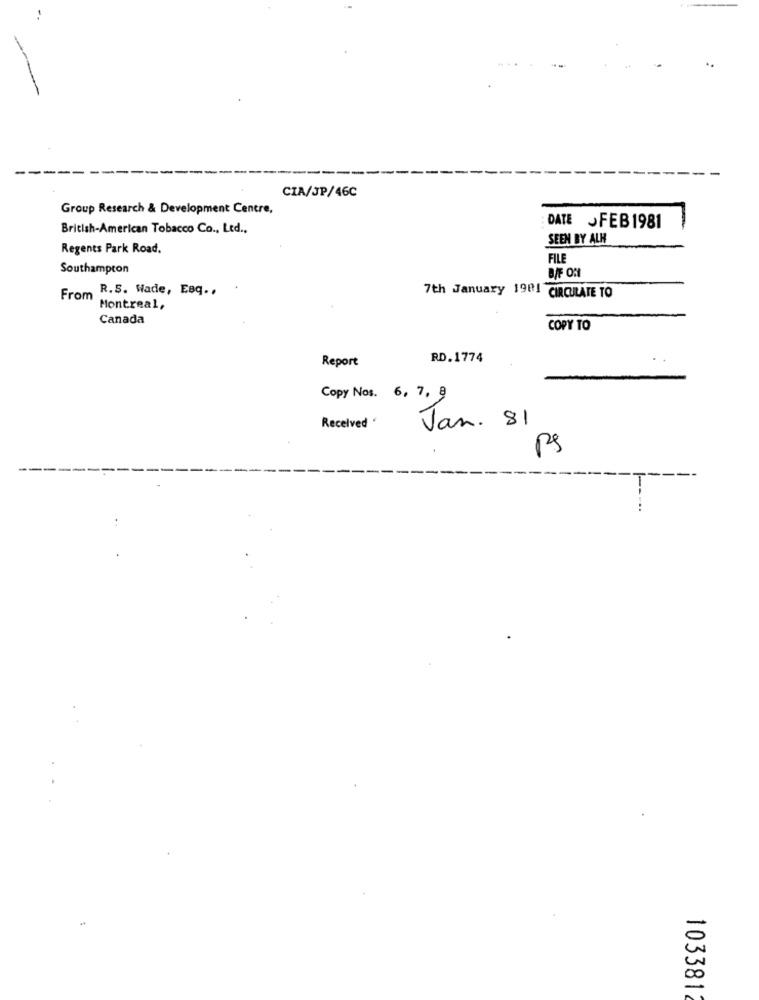
CIA/JP/46C
Group Research & Development Centre,
British-American Tobacco Co ., Led ..
: DATE JFEB1981
SEEN BY ALH
Regents Park Road.
FILE
Southampton
R.S. Wade, Esq .,
7th January 1901 CIRCULATE TO
From Montreal,
Canada
COPY TO
Report
RD. 1774
Copy Nos. 6, 7, 8
Received '
Jan. 81
Ps
1033812